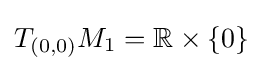
T_{(0,0)}M_{1}=\mathbb {R} \times \{0\}